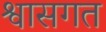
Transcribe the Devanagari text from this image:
श्वासगत